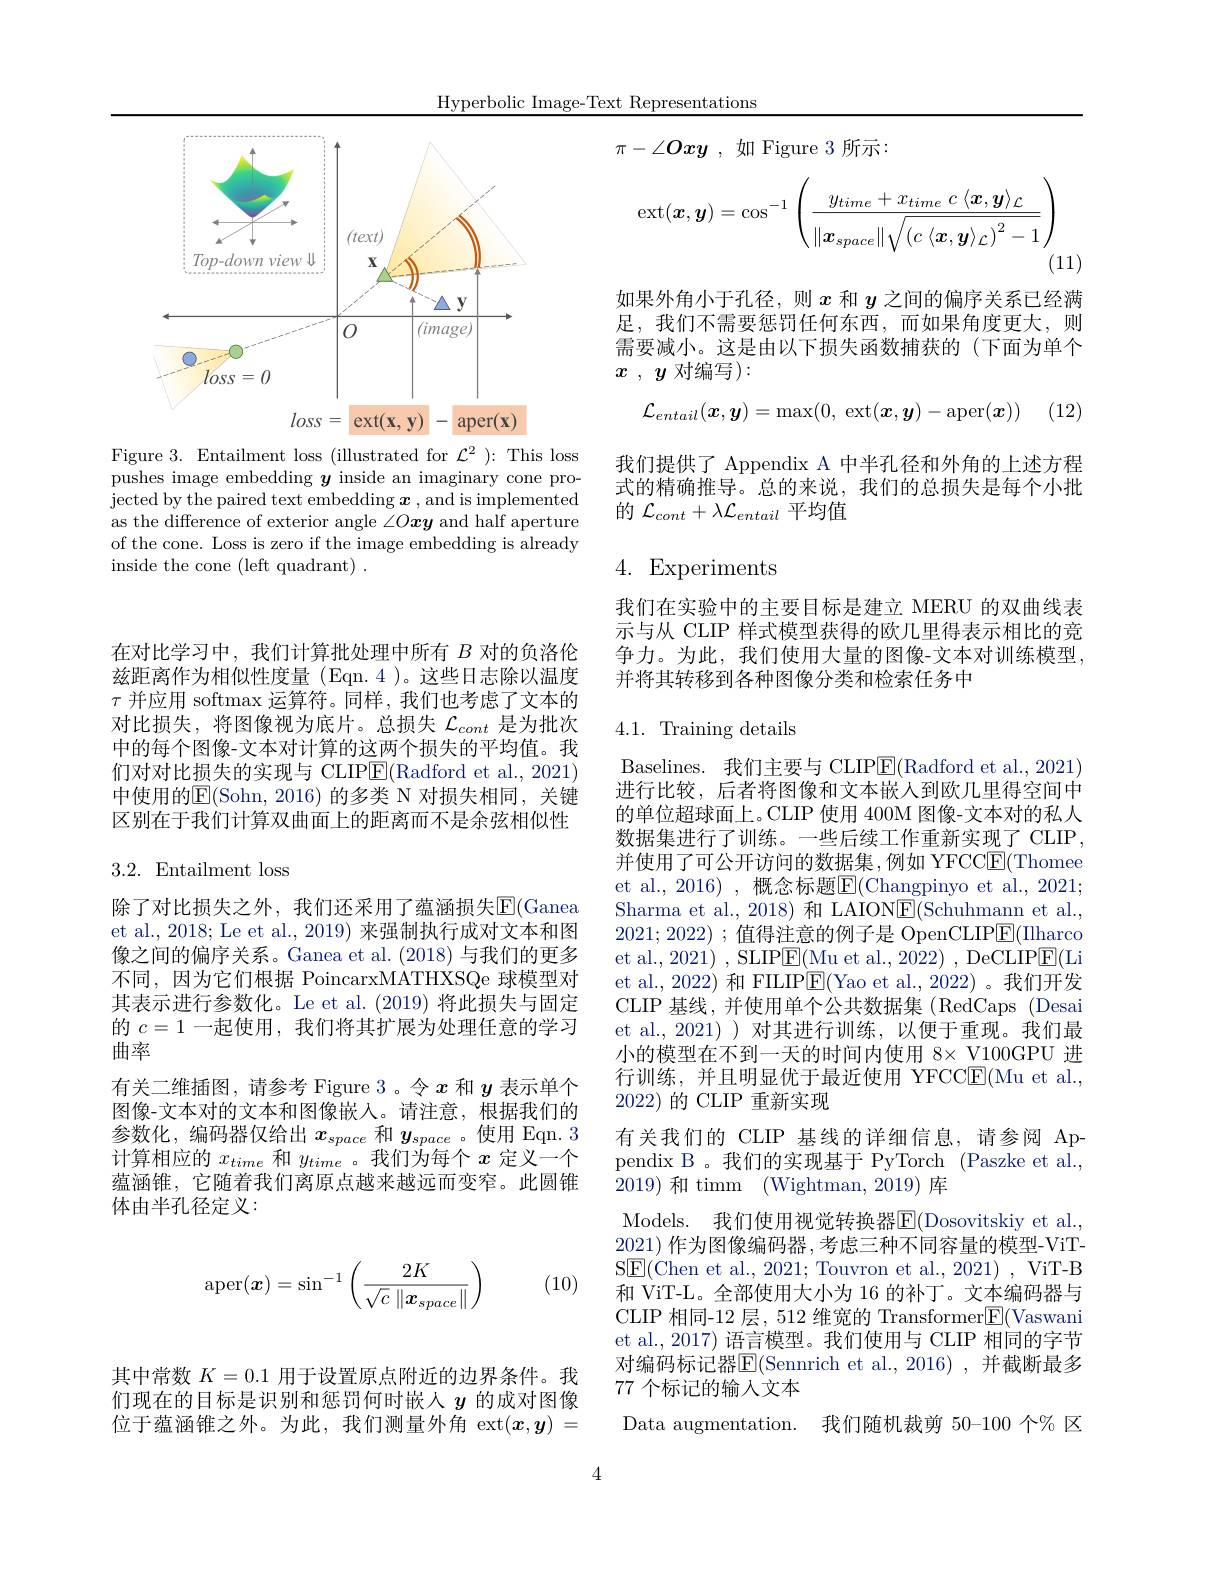
Hyperbolic Image-Text Representations

<FigureHere>

Figure 3. Entailment loss (illustrated for $\mathcal{L}^2$ ):This loss pushes image embedding $y$ inside an imaginary cone projected by the paired text embedding $\boldsymbol x$ , and is implemented as the difference of exterior angle $\angle O\boldsymbol{xy}$ and half aperture of the cone. Loss is zero if the image embedding is already inside the cone (left quadrant) .

在对比学习中，我们计算批处理中所有$B$对的负洛伦兹距离作为相似性度量 (Eqn.4)。这些日志除以温度$\tau$并应用 softmax 运算符。同样，我们也考虑了文本的对比损失，将图像视为底片。总损失$\mathcal{L}_cont$是为批次中的每个图像-文本对计算的这两个损失的平均值。我们对对比损失的实现与 CLIP$\boxed{\mathrm{E}}($Radford et al., 2021) 中使用的$\mathbb{E}($Sohn, 2016) 的多类 N 对损失相同，关键区别在于我们计算双曲面上的距离而不是余弦相似性

3.2. Entailment loss

除了对比损失之外，我们还采用了蕴涵损失$\overline{\mathrm{E}}($Ganea et al., 2018; Le et al., 2019) 来强制执行成对文本和图像之间的偏序关系。Ganea et al. (2018) 与我们的更多不同，因为它们根据 PoincarxMATHXSQe 球模型对其表示进行参数化。Le et al. (2019) 将此损失与固定的$c=1$一起使用，我们将其扩展为处理任意的学习曲率
有关二维插图，请参考 Figure 3。令$x$和$y$表示单个图像-文本对的文本和图像嵌入。请注意，根据我们的参数化，编码器仅给出$x_{space}$和$y_{space}$ 。使用 Eqn.3计算相应的$x_time$和$y_{time}$ 。我们为每个$x$定义一个蕴涵锥，它随着我们离原点越来越远而变窄。此圆锥体由半孔径定义：
$$\operatorname{aper}(\boldsymbol{x})=\sin^{-1}\left(\frac{2K}{\sqrt{c}\left\|\boldsymbol{x}_{space}\right\|}\right)$$
(10)

$\pi-\angle Oxy$ ,如 Figure 3 所示
$$\operatorname{ext}(\boldsymbol{x},\boldsymbol{y})=\cos^{-1}\left(\frac{y_{time}+x_{time}\:c\:\langle\boldsymbol{x},\boldsymbol{y}\rangle_{\mathcal{L}}}{\|\boldsymbol{x}_{space}\|\sqrt{\left(c\:\langle\boldsymbol{x},\boldsymbol{y}\rangle_{\mathcal{L}}\right)^{2}-1}}\right)$$
(11)

如果外角小于孔径，则$x$和$y$之间的偏序关系已经满足，我们不需要惩罚任何东西，而如果角度更大，则需要减小。这是由以下损失函数捕获的(下面为单个$x$ , $y$ 对编写):
$$\mathcal{L}_{entail}(\boldsymbol{x},\boldsymbol{y})=\max(0,\:\mathrm{ext}(\boldsymbol{x},\boldsymbol{y})-\mathrm{aper}(\boldsymbol{x}))$$
我们提供了 Appendix A 中半孔径和外角的上述方程式的精确推导。总的来说，我们的总损失是每个小批的$\mathcal{L}_{cont}+\lambda\mathcal{L}_{entail}$平均值

## 4. Experiments

我们在实验中的主要目标是建立 MERU 的双曲线表示与从 CLIP 样式模型获得的欧几里得表示相比的竞争力。为此，我们使用大量的图像-文本对训练模型， 并将其转移到各种图像分类和检索任务中

## 4.1. Training details

Baselines. 我们主要与 CLIP$\underline{\mathrm{E}}($Radford et al., 2021) 进行比较，后者将图像和文本嵌人到欧几里得空间中的单位超球面上。CLIP 使用 400M 图像-文本对的私人数据集进行了训练。一些后续工作重新实现了 CLIP, 并使用了可公开访问的数据集，例如 YFCC$\boxed{\mathrm{E}}($Thomee et al., 2016) , 概念标题$\overline{\mathrm{E}}($Changpinyo et al., 2021; Sharma et al., 2018) 和 LAION$\underline{\mathrm{E}}($Schuhmann et al., 2021;2022) ;值得注意的例子是 OpenCLIP$\boxed{\mathrm{F}}($IIharco et al., 2021) , SLIP$\underline{\mathrm{E}}($Mu et al., 2022) , DeCLIP$\underline{\mathrm{E}}($Li et al., 2022) 和 FILIP$\boxed{\mathrm{E}}($Yao et al., 2022)。我们开发CLIP 基线，并使用单个公共数据集 (RedCaps (Desai et al., 2021) ) 对其进行训练，以便于重现。我们最小的模型在不到一天的时间内使用 8× V100GPU 进行训练，并且明显优于最近使用 YFCCE(Mu et al., 2022)的 CLIP 重新实现
有关我们的 CLIP 基线的详细信息，请参阅 Appendix B 。我们的实现基于 PyTorch (Paszke et al., 2019)和 timm (Wightman, 2019) 库
Models. 我们使用视觉转换器$\overline{\mathrm{E}}($Dosovitskiy et al. 2021) 作为图像编码器，考虑三种不同容量的模型-ViTS$\boxed{\mathrm{E}}($Chen et al., 2021; Touvron et al., 2021) , ViT-B 和 ViT-L。全部使用大小为 16 的补丁。文本编码器与CLIP 相同-12 层，512 维宽的 Transformer$\boxed{\mathrm{F}}($Vaswani et al., 2017) 语言模型。我们使用与 CLIP 相同的字节对编码标记器E(Sennrich et al.,2016)~,~并截断最多77 个标记的输入文本
Data augmentation. 我们随机裁剪 50-100 个% 区

4

其中常数$K=0.1$用于设置原点附近的边界条件。我们现在的目标是识别和惩罚何时嵌入$y$的成对图像位于蕴涵锥之外。为此，我们测量外角$\operatorname{ext}(\boldsymbol{x},\boldsymbol{y})=$